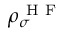
\rho _ { \sigma } ^ { \mathrm { ~ H ~ F ~ } }